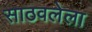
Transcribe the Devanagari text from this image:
साठवलेला